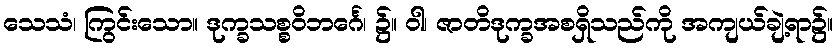
သေသံ၊ ကြွင်းသော။ ဒုက္ခသစ္စဝိဘင်္ဂေ၊ ၌။ ဝါ၊ ဇာတိဒုက္ခအစရှိသည်ကို အကျယ်ချဲ့ရာ၌။